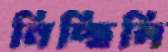
নিচ্ছিলি